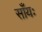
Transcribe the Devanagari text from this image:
साँयः